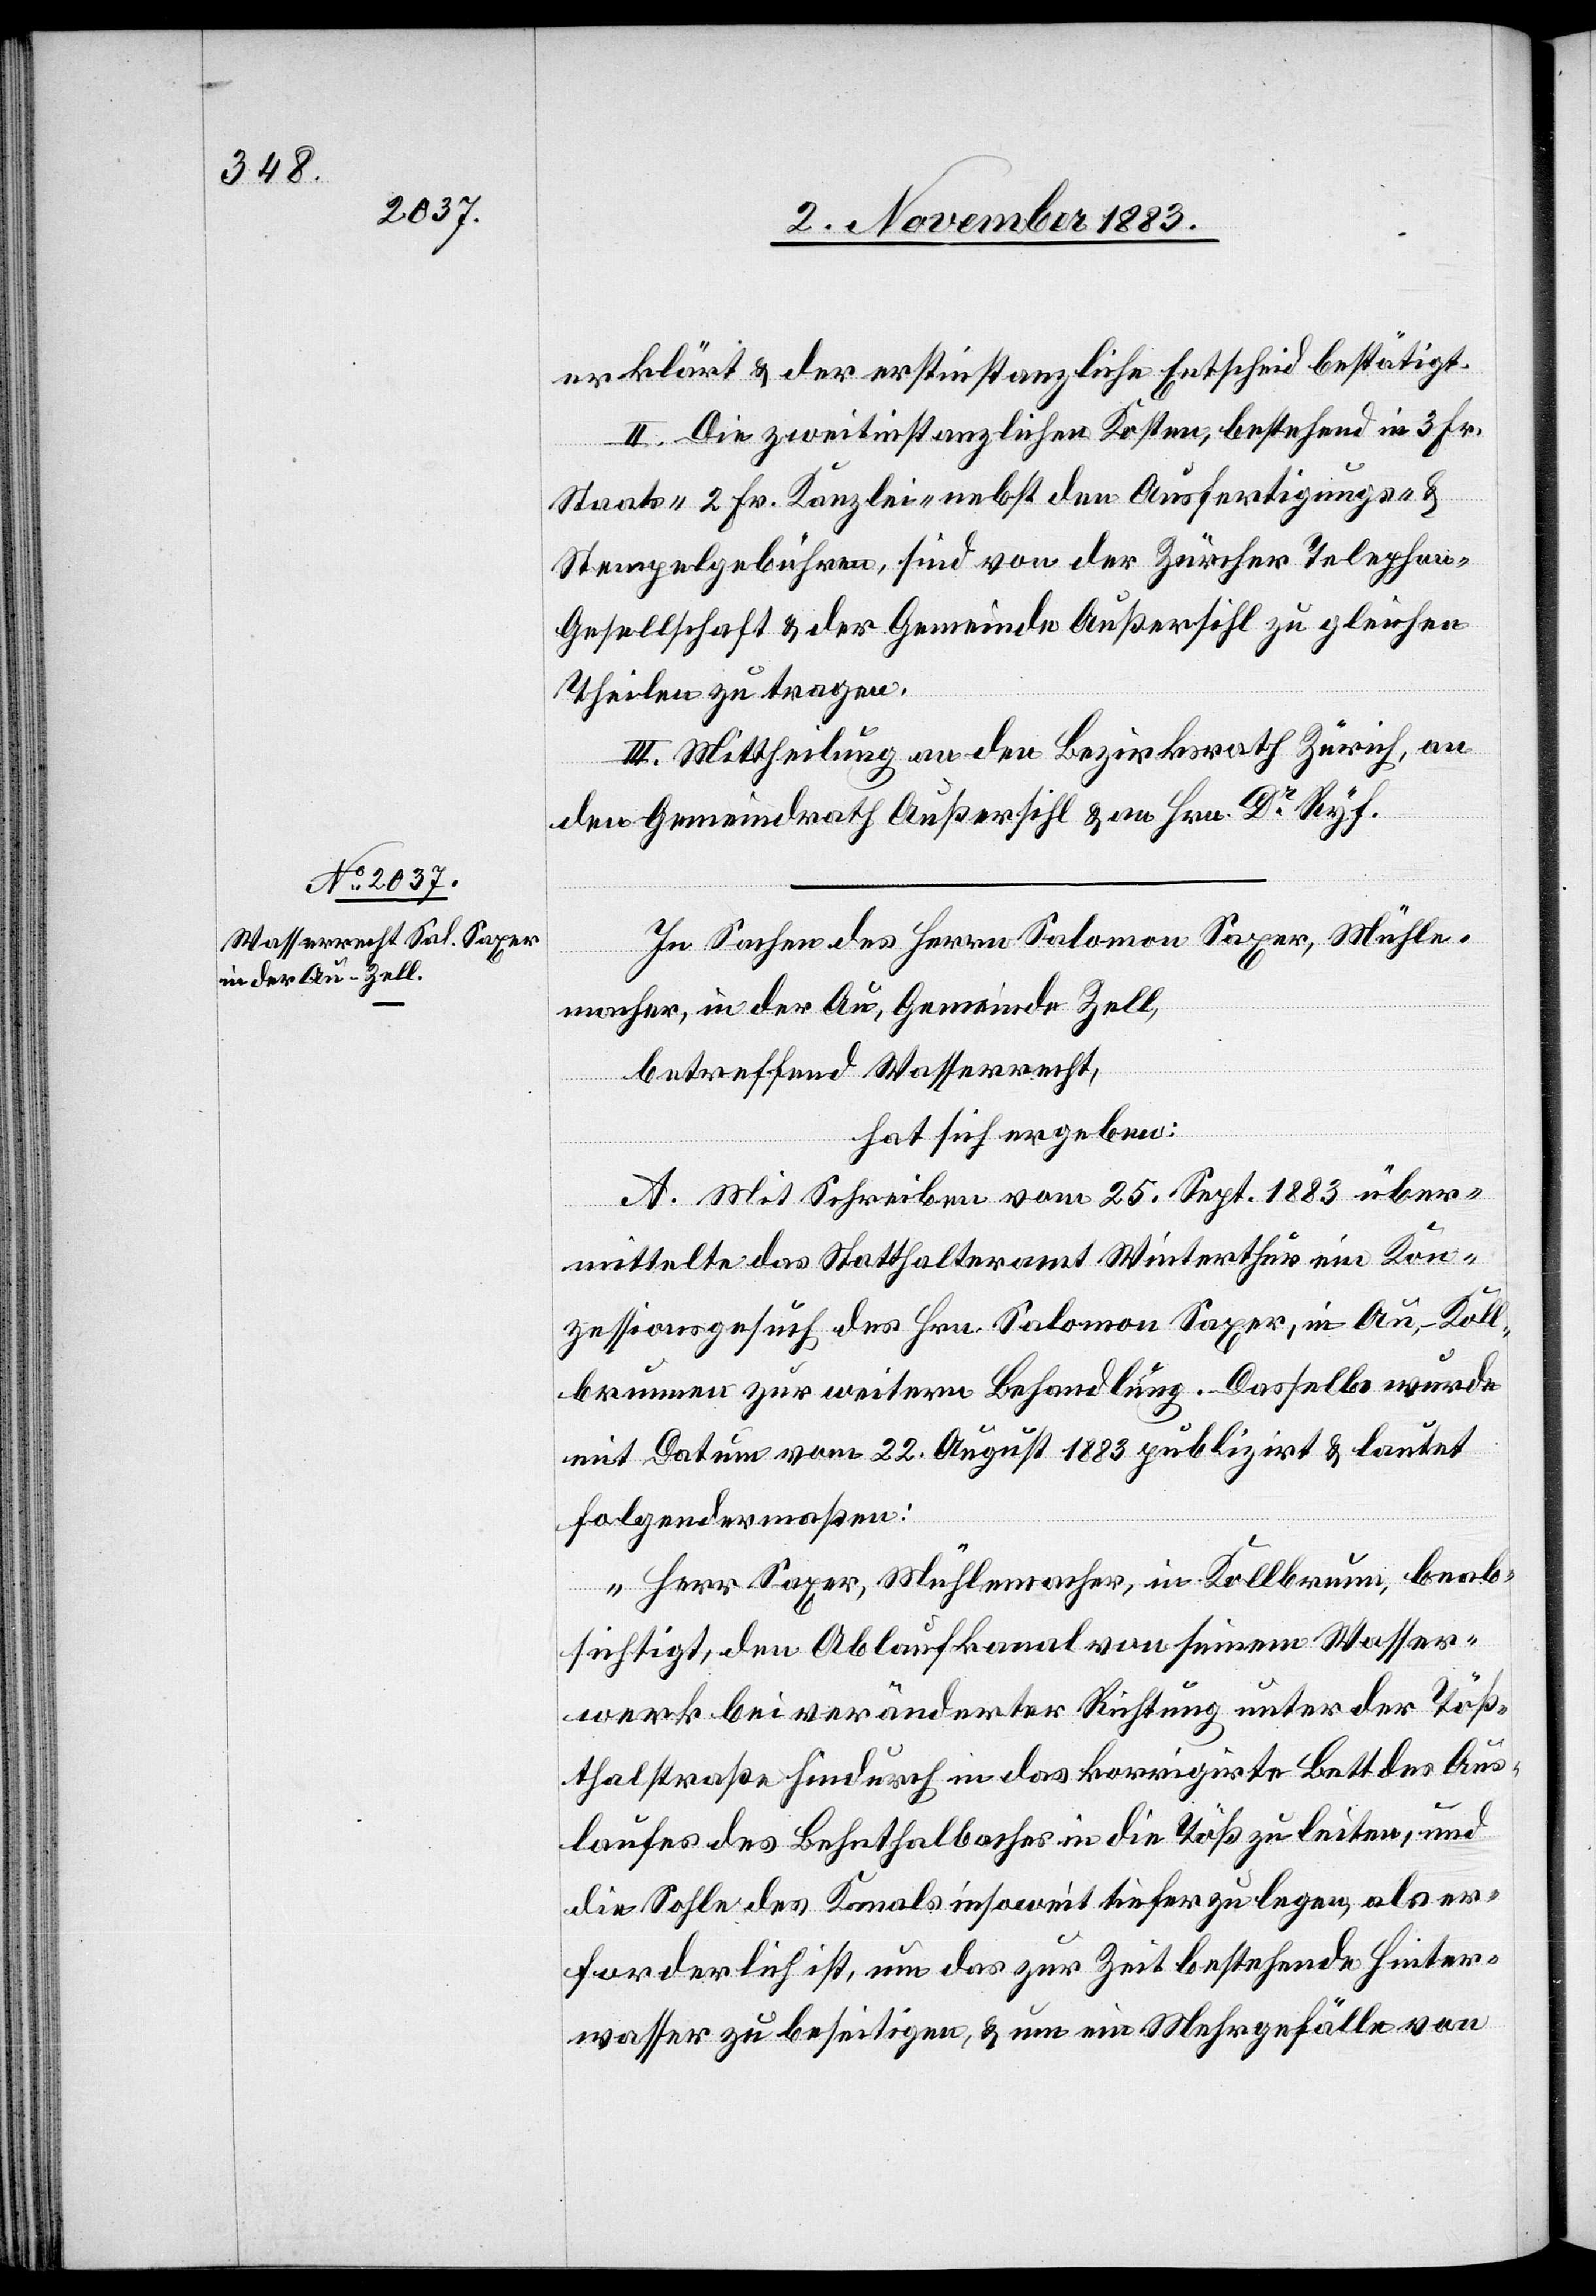
erklärt & der erstinstanzliche Entscheid bestätigt.
II. Die zweitinstanzlichen Kosten, bestehend in 3 Fr.
Staats- 2 Fr. Kanzlei- nebst den Ausfertigungs- &
Stempelgebühren, sind von der Zürcher Telepho¬
n-Gesellschaft & der Gemeinde Außersihl zu gleichen
Theilen zu tragen.
III. Mittheilung an den Bezirksrath Zürich, an
den Gemeindrath Außersihl & an Hrn. Dr Ryf.
In Sachen des Herrn Salomon Saxer, Mühle¬
macher, in der Au, Gemeinde Zell,
betreffend Wasserecht,
hat sich ergeben:
A. Mit Schreiben vom 25. Sept. 1883 über¬
mittelte das Statthalteramt Winterthur ein Kon¬
zessionsgesuch des Hrn. Salomon Saxer, in Au - Koll¬
brunnen zur weitern Behandlung. Dasselbe wurde
mit Datum vom 22. August 1883 publizirt & lautet
folgendermaßen:
„Herr Saxer, Mühlemacher, in Kollbrunn, beab¬
sichtigt, den Ablaufkanal von seinem Wasser¬
werk bei veränderter Richtung unter der Töß¬
thalstraße hiedurch in das korrigirte Bett des Aus¬
laufes des Behnthalbaches in die Töß zu leiten, und
die Sohle des Kanals insoweit tiefer zu legen, als er¬
forderlich ist, um das zur Zeit bestehende Hinter¬
wasser zu beseitigen, & um ein Mehrgefälle von